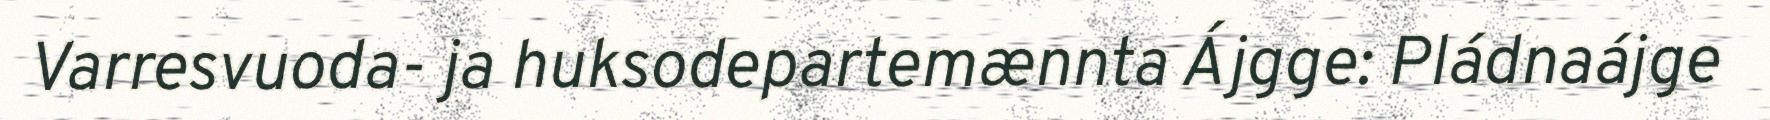
Varresvuoda- ja huksodepartemænnta Ájgge: Pládnaájge